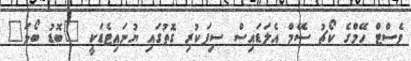
ވެސްޓް ހޭމްގެ ކޯޗު ސޭމް އެލަޑައިސް ސިފަކުރި ގޮތުގައި ޔުނައިޓެޑަކީ "ބޮޑު ބޯޅަ"